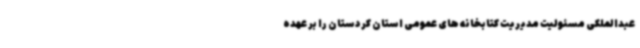
عبدالملکی مسئولیت مدیریت کتابخانه های عمومی استان کردستان را بر عهده